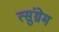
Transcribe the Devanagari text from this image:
त्सुंग्रेम